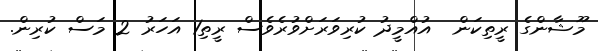
މޫޝާންގެ ރީތިކަން  އުއްމީދު ކުރިވަރަށްވުރެވެސް ރީތި1 އަހަރު 2 މަސް ކުރިން.